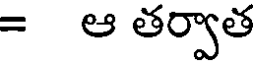
= ఆ తర్వాత